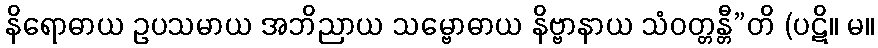
နိရောဓာယ ဥပသမာယ အဘိညာယ သမ္ဗောဓာယ နိဗ္ဗာနာယ သံဝတ္တန္တီ”တိ (ပဋိ။ မ။